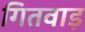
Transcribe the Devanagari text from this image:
गितवाड़